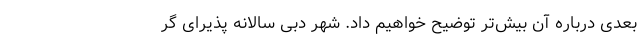
بعدی درباره آن بیش‌‌تر توضیح خواهیم داد. شهر دبی سالانه پذیرای گر